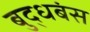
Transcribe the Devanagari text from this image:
बुद्धबंस